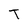
Character: T